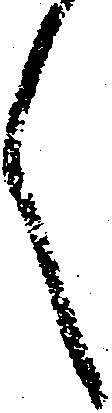
言